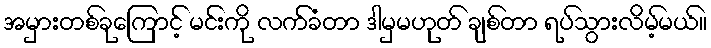
အမှားတစ်ခုကြောင့် မင်းကို လက်ခံတာ ဒါမှမဟုတ် ချစ်တာ ရပ်သွားလိမ့်မယ်။